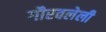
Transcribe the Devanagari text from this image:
गौरवलेली